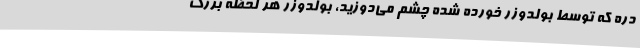
دره که توسط بولدوزر خورده‌ شده چشم می‌دوزید، بولدوزر هر لحظه بزرگ